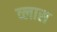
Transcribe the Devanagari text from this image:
व्लास